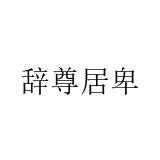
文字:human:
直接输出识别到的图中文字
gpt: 辞尊居卑